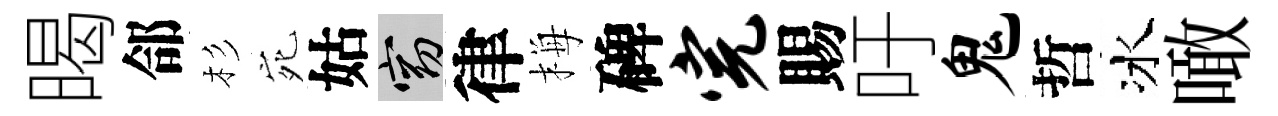
暍郃杉宛姑窈律梅碑完賜吁鬼哲冰噉